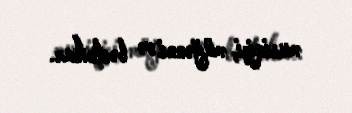
musiqiçi, müğənni və bəstəkar.